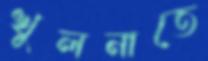
খুলনাতে